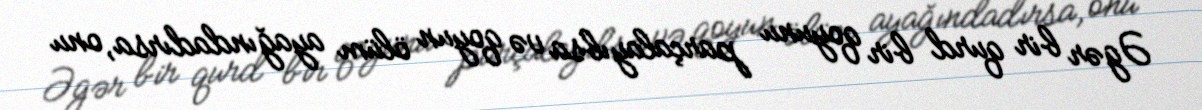
Əgər bir qurd bir qoyunu parçalayıbsa və qoyun ölüm ayağındadırsa, onu